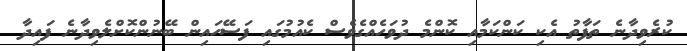
ކުރެވިދާނެ ތަފާތު އެކި ކަންކަމާއި ކޮންމެ ދުވަހެއްގެވެސް ކެއުމުގައި ފަސޭހައިން ބޭނުންކޮށްލެވިދާނެ ފައިދާ